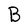
Character: B